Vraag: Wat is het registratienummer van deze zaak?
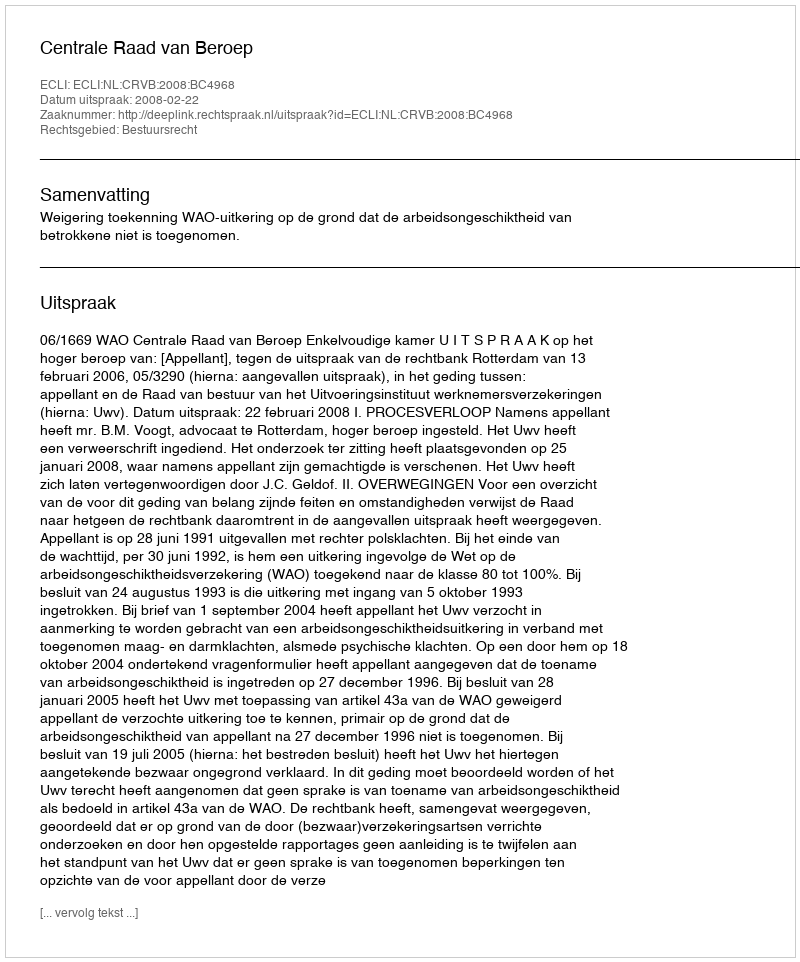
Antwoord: http://deeplink.rechtspraak.nl/uitspraak?id=ECLI:NL:CRVB:2008:BC4968